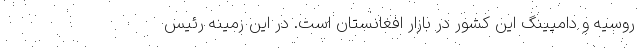
روسیه و دامپینگ این کشور در بازار افغانستان است. در این زمینه رئیس